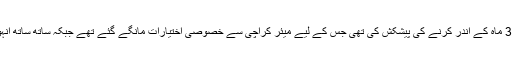
خیال رہے کہ 2 روز قبل سابق ناظم کراچی نے شہر کی صفائی 3 ماہ کے اندر کرنے کی پیشکش کی تھی جس کے لیے میئر کراچی سے خصوصی اختیارات مانگے گئے تھے جبکہ ساتھ ساتھ انہوں نے کراچی کی صفائی کے لیے 3 نکاتی حل بھی پیش کیا تھا۔